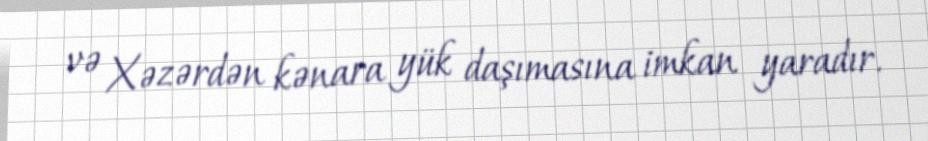
və Xəzərdən kənara yük daşımasına imkan yaradır.